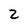
Character: 2